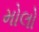
મોલો